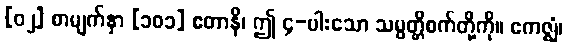
[၀၂] စာမျက်နှာ [၁၀၁] ဧတာနိ၊ ဤ ၄-ပါးသော သမ္ပတ္တိစက်တို့ကို။ ဧကဇ္ဈံ၊